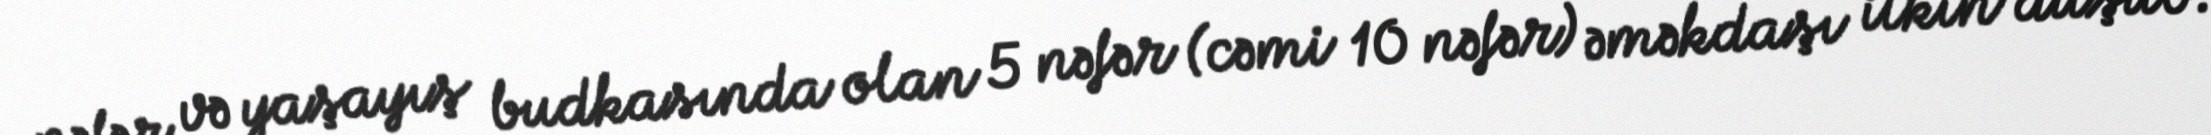
nəfər və yaşayış budkasında olan 5 nəfər (cəmi 10 nəfər) əməkdaşı itkin düşüb.